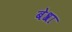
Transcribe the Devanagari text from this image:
बेश्रा